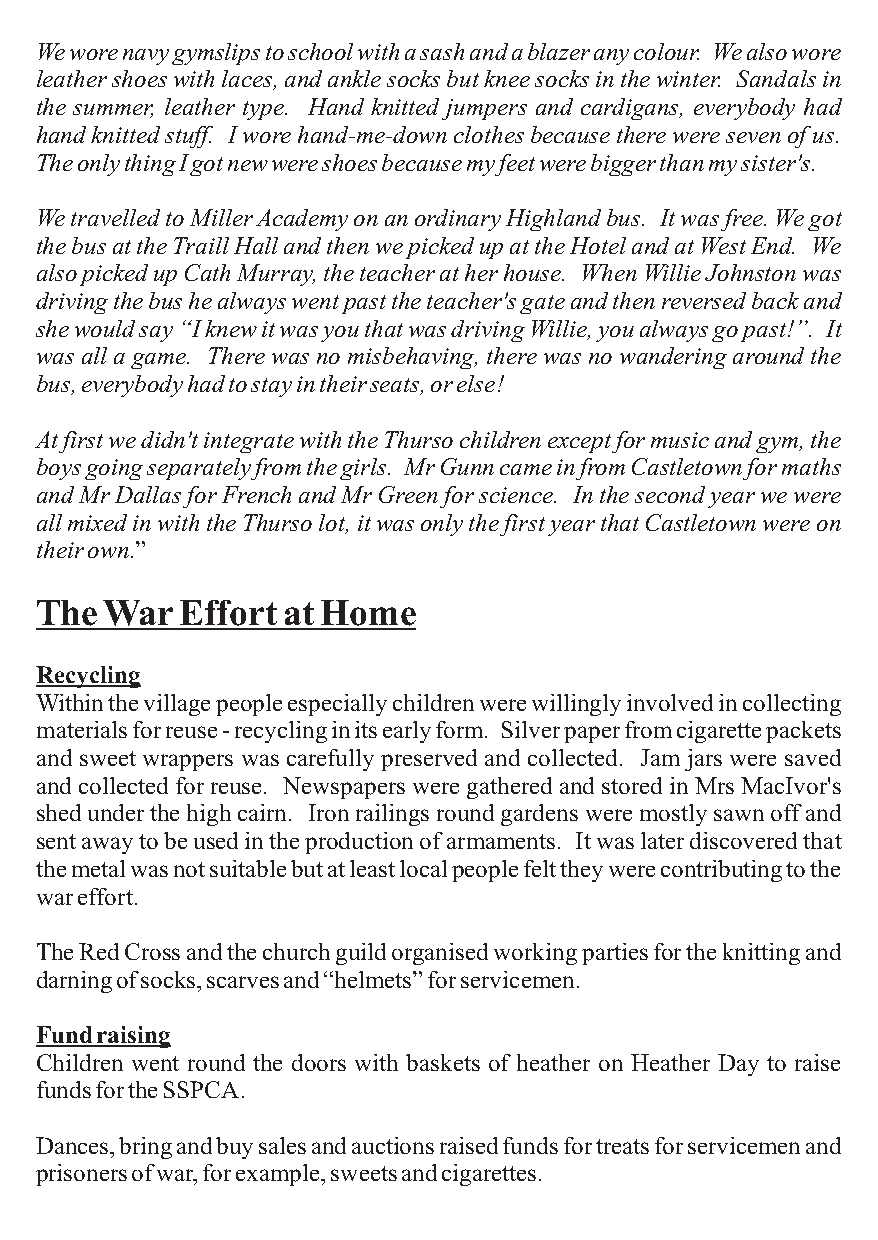
Weworenavygymslipstoschoolwithasashandablazeranycolour. Wealsowore
 leathershoeswithlaces,andanklesocksbutkneesocksinthewinter. Sandalsin
 the summer, leather type. Hand knitted jumpers and cardigans, everybody had
 handknittedstuff. Iworehand-me-downclothesbecausethereweresevenofus.
 TheonlythingIgotnewwereshoesbecausemyfeetwerebiggerthanmysister's.
 WetravelledtoMillerAcademyonanordinaryHighlandbus. Itwasfree.Wegot
 thebusattheTraillHallandthenwepickedupattheHotelandatWestEnd. We
 alsopickedupCathMurray,theteacheratherhouse. WhenWillieJohnstonwas
 drivingthebushealwayswentpasttheteacher'sgateandthenreversedbackand
 shewouldsay“IknewitwasyouthatwasdrivingWillie,youalwaysgopast!”. It
 wasallagame. Therewasnomisbehaving,therewasnowanderingaroundthe
 bus,everybodyhadtostayintheirseats,orelse!
 Atfirstwedidn'tintegratewiththeThursochildrenexceptformusicandgym,the
 boysgoingseparatelyfromthegirls. MrGunncameinfromCastletownformaths
 andMrDallasforFrenchandMrGreenforscience. Inthesecondyearwewere
 allmixedinwiththeThursolot,itwasonlythefirstyearthatCastletownwereon
 theirown.”
 TheWarEffortatHome
 Recycling
 Withinthevillagepeopleespeciallychildrenwerewillinglyinvolvedincollecting
 materialsforreuse-recyclinginitsearlyform. Silverpaperfromcigarettepackets
 and sweet wrappers was carefully preserved and collected. Jam jars were saved
 andcollectedforreuse. NewspapersweregatheredandstoredinMrsMacIvor's
 shedunderthehighcairn. Ironrailingsroundgardensweremostlysawnoffand
 sentawaytobeusedintheproductionofarmaments. Itwaslaterdiscoveredthat
 themetalwasnotsuitablebutatleastlocalpeoplefelttheywerecontributingtothe
 wareffort.
 TheRedCrossandthechurchguildorganisedworkingpartiesfortheknittingand
 darningofsocks,scarvesand“helmets”forservicemen.
 Fundraising
 Children went round the doors with baskets of heather on Heather Day to raise
 fundsfortheSSPCA.
 Dances,bringandbuysalesandauctionsraisedfundsfortreatsforservicemenand
 prisonersofwar,forexample,sweetsandcigarettes.